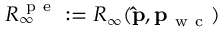
R _ { \infty } ^ { \mathrm { ~ p ~ e ~ } } : = R _ { \infty } ( \mathbf { \hat { p } } , \mathbf { p } _ { \mathrm { ~ w ~ c ~ } } )